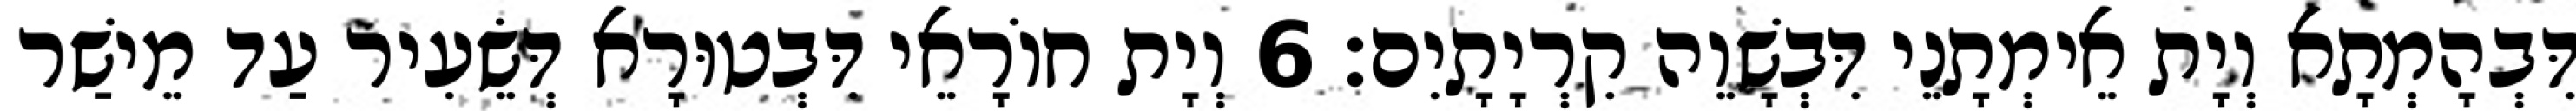
דִּבְהָמְתָא וְיָת אֵימְתָנֵי דִּבְשָׁוֵה קִרְיָתָיִם׃ 6 וְיָת חוֹרָאֵי דִּבְטוּרָא דְּשֵׂעִיר עַד מֵישַׁר